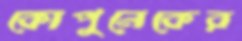
কোপুনেকের